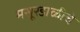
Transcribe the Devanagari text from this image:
मसूरडाळीचे